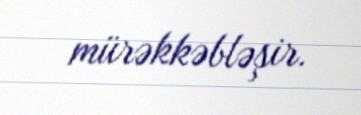
mürəkkəbləşir.